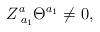
\begin{align*}Z_{\;a_1}^a\Theta ^{a_1}\neq 0,\end{align*}